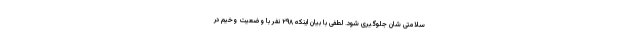
سلامتی شان جلوگیری شود. لطفی با بیان اینکه ۲۹۸ نفر با وضعیت وخیم در